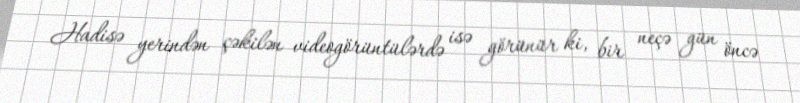
Hadisə yerindən çəkilən videogörüntülərdə isə görünür ki, bir neçə gün öncə